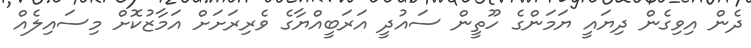
ދެން އިވިގެން ދިޔައީ ޔަމަންގެ ހޫތީން ސައުދީ އަރަބީއްޔާގެ ވެރިރަށަށް އަމާޒުކޮށް މިސައިލެއް